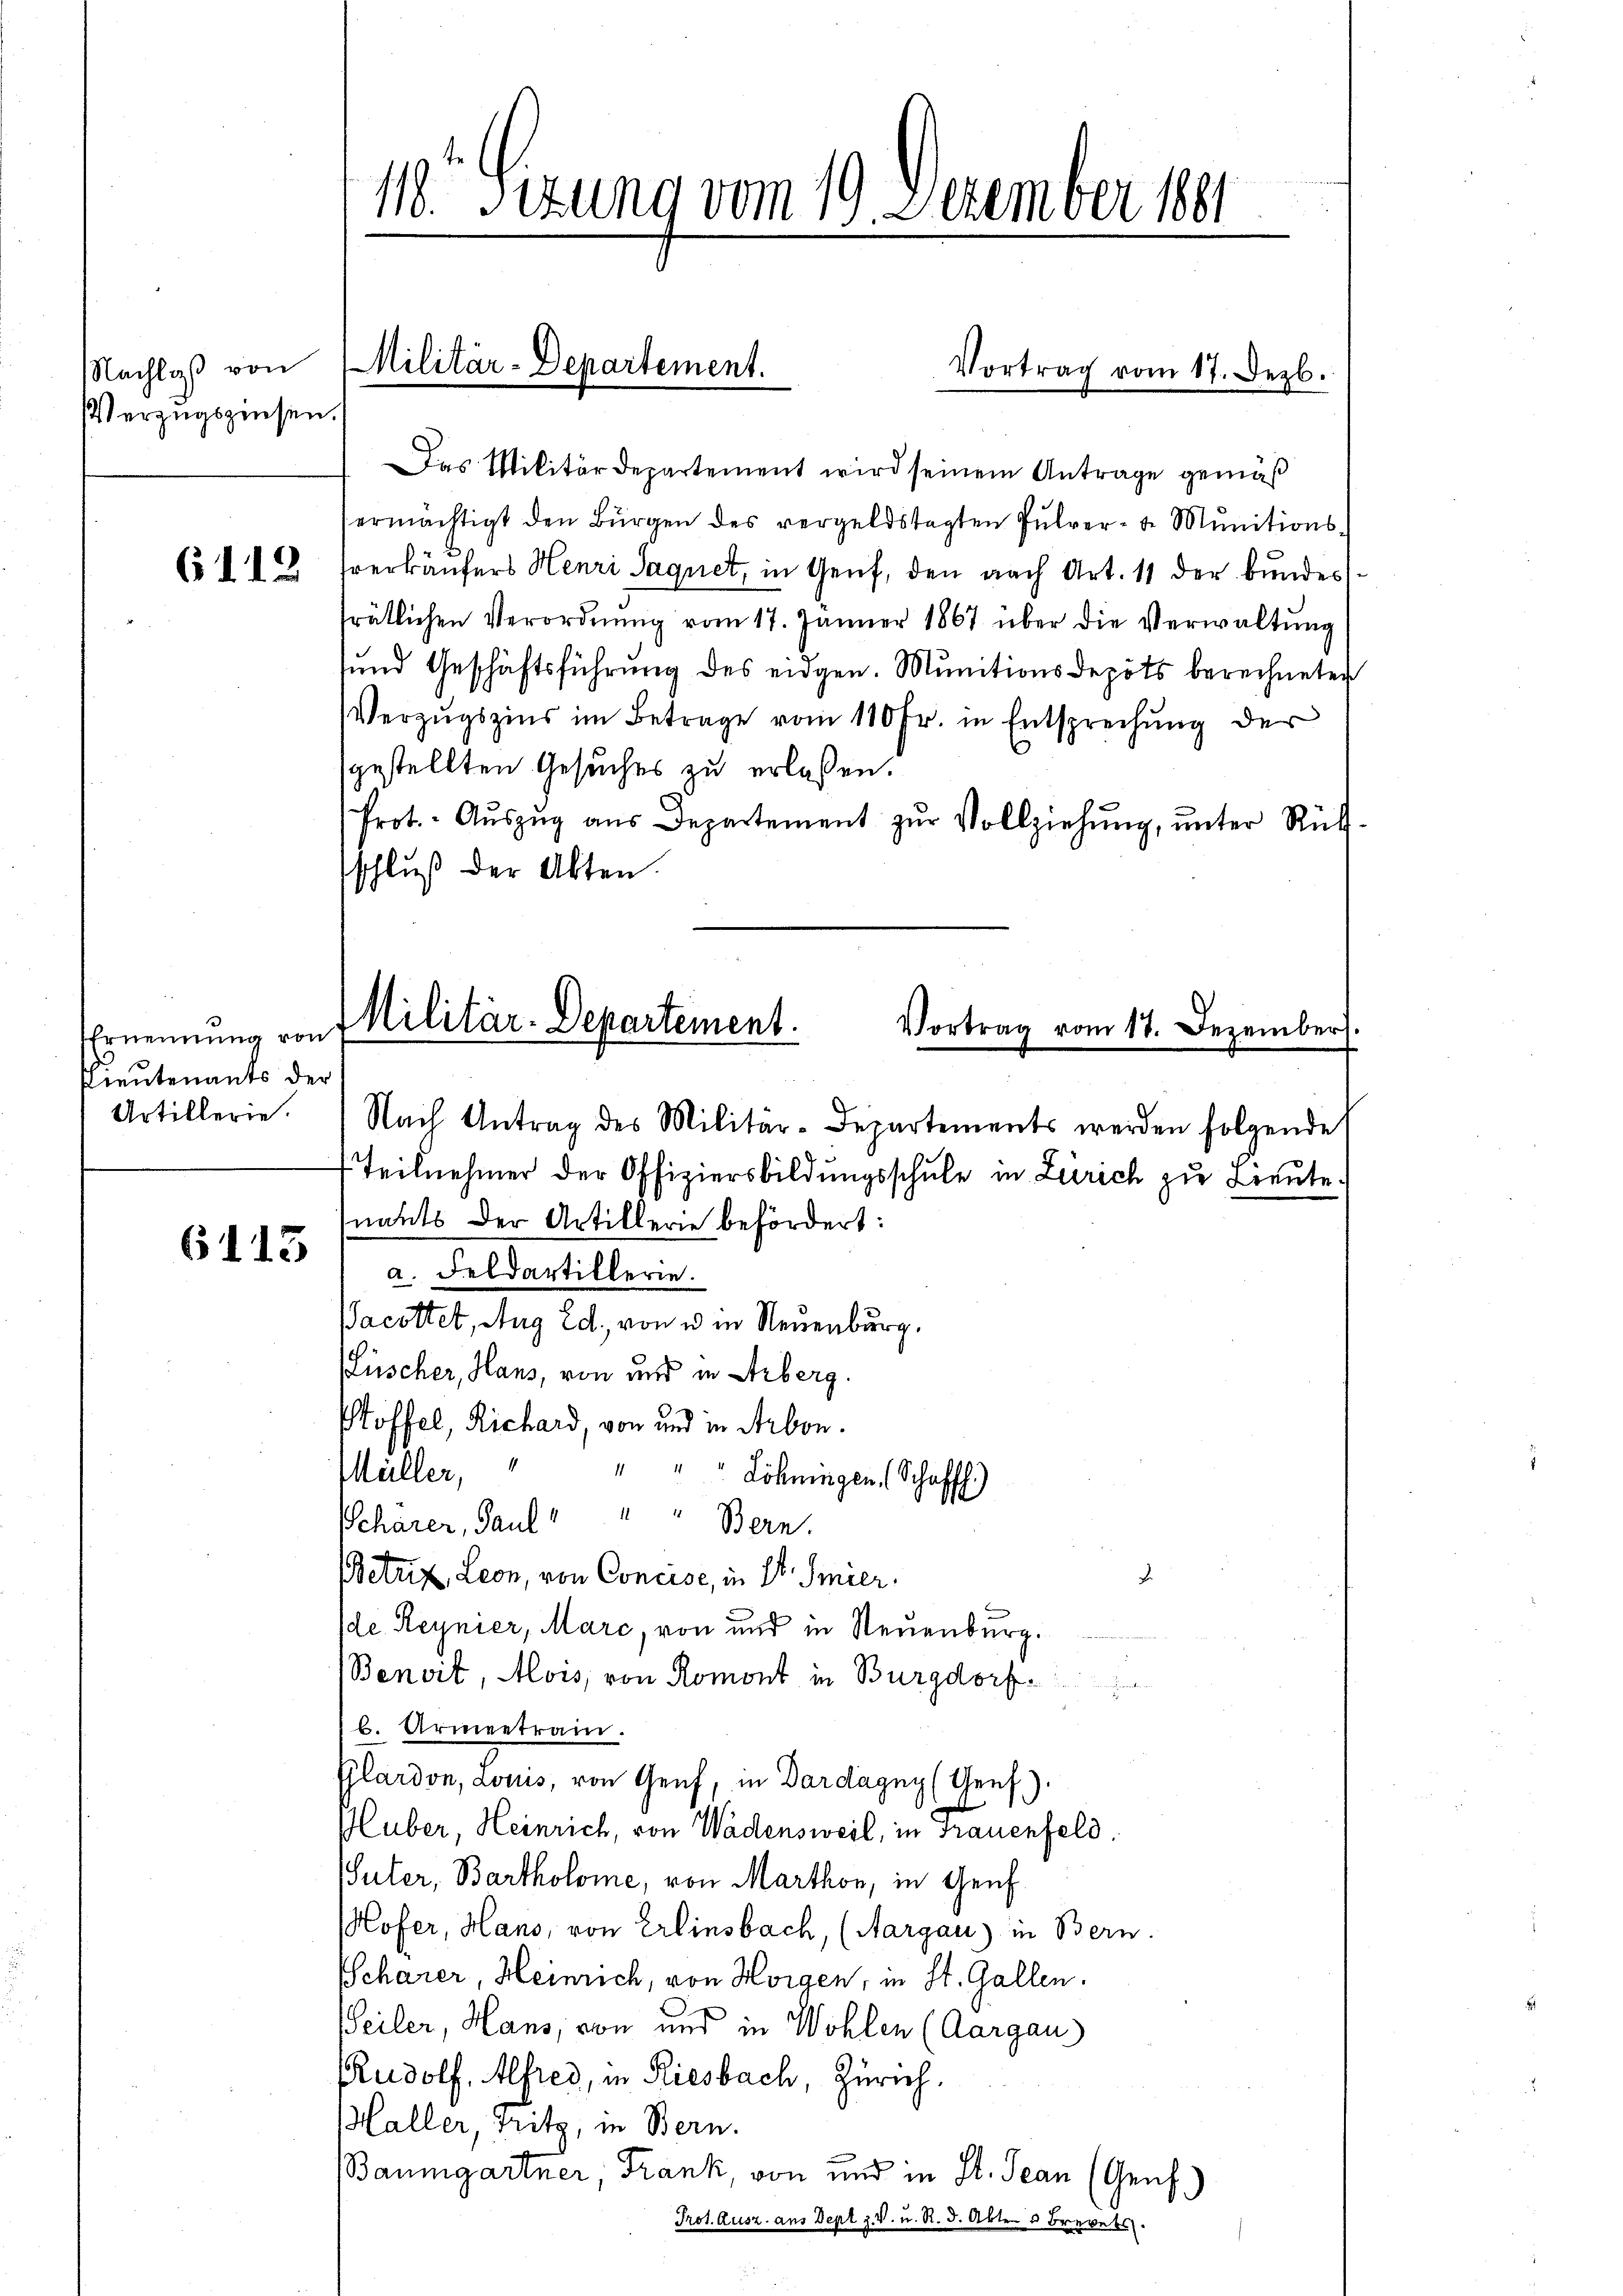
Nachlaß von
Verzugszinsen

6112

Ernennung von
Pieutenants der

6115

11. Sizung vom 19. Dezember 181

Das Militärdepartement wird seinem Antrage gemäß
ermächtigt den Bürgen des vergeldstagten Pulver- u. Munitionsverkäufers Henri Saquet, in Genf, den nach Art. 11 der bundesrätlichen Verordnŭng vom 17. Jänner 1867 über die Verwaltung
sund Geschäftsführung des eidgen. Munitionsdepots berechneten
Verzugszins im Betrage vom 110 Fr. in Entsprechung der
gestellten Gesuches zu erlassen.
Prot. Aŭszŭg aŭs Departement zŭr Vollziehŭng ŭnter Rück-
schluß der Akten.

Militär-Departement.

Vortrag vom 17. Dezb.

Militär-Departement.
Vortrag vom 17. Dezember

Artillerie. Nach Antrag des Militär-Departements werden folgende
Teilnehmer der Offiziersbildungsschule in Zürich zu Lieute
nants der Artillerie befördert:
a. Feldartillerie.
Pacottet, Aug Ed. von u in Neuenburg.
Lüscher, Hans, von und in Arberg.
Stoffel, Richard, von und in Arbon.
Müller,
" " " Löhningen (Schaffh.)
Schärer, Paul " " " Bern.
J
(Betrix, Leon, von Concise, in St. Gmier.
(de Reynier, Marc, von und in Neuenburg.
Benoit, Mois, von Romont in Burgdorf.
s
b. Armeentrain.
Glardon, Louis, von Genf, in Dardagny (Genf).
Huber, Heinrich, von Wädensweil, in Trauenfeld
Suter, Bartholome, von Marthor, in Genf
ofer, Hans, von Erlinsbach, (Aargau) in Bern.
Scharer, Heinrich, von Horgen, in St. Gallen.
Seiler, Hans, von und in Wohlen (Aargaus
RRudolf, Alfred, in Riesbach, Zürich.
Haller, Fritz, in Bern.
Baumgartner, Frank, von und in St. Jean (Genf.
Prot. Ausz. aus Depl z. v. u. R. 3. Akten u Brevets.